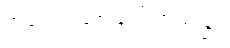
အရေးအခင်းပေါ်လာသည်။